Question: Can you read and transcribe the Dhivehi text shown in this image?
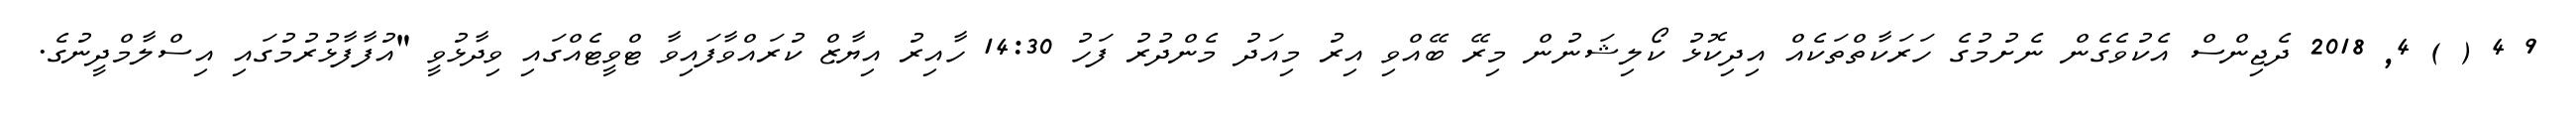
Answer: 9 4 ( ) 4, 2018 ދެޖިންސް އެކުވެގެން ނެށުމުގެ ހަރަކާތްތަކެއް އިދިކޮޅު ކޯލިޝަނުން މިރޭ ބޭއްވި އިރު މިއަދު މެންދުރު ފަހު 14:30 ހާއިރު އިޔާޒް ކުރައްވާފައިވާ ޓްވީޓެއްގައި ވިދާޅުވީ "އުފާފާޅުރުމުގައި އިސްލާމްދީނުގެ.